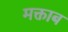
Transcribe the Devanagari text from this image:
मक्ताब